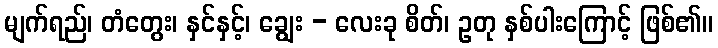
မျက်ရည်၊ တံတွေး၊ နှင်နှင့်၊ ချွေး - လေးခု စိတ်၊ ဥတု နှစ်ပါးကြောင့် ဖြစ်၏။